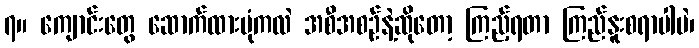
၇။ ကျောင်းတွေ ဆောက်ထားပုံကလဲ အစီအစဉ်နဲ့ဆိုတော့ ကြည့်ရတာ ကြည်နူးစရာပါပဲ၊